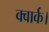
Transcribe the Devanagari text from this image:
क्वार्क।